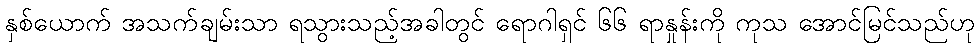
နှစ်ယောက် အသက်ချမ်းသာ ရသွားသည့်အခါတွင် ရောဂါရှင် ၆၆ ရာနှုန်းကို ကုသ အောင်မြင်သည်ဟု